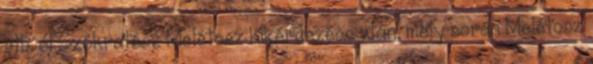
stb. 61 Szókratész Melétosz kikérdezése után, mely során Melétosz